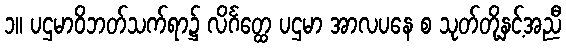
၁။ ပဌမာဝိဘတ်သက်ရာ၌ လိင်္ဂတ္ထေ ပဌမာ အာလပနေ စ သုတ်တို့နှင့်အညီ